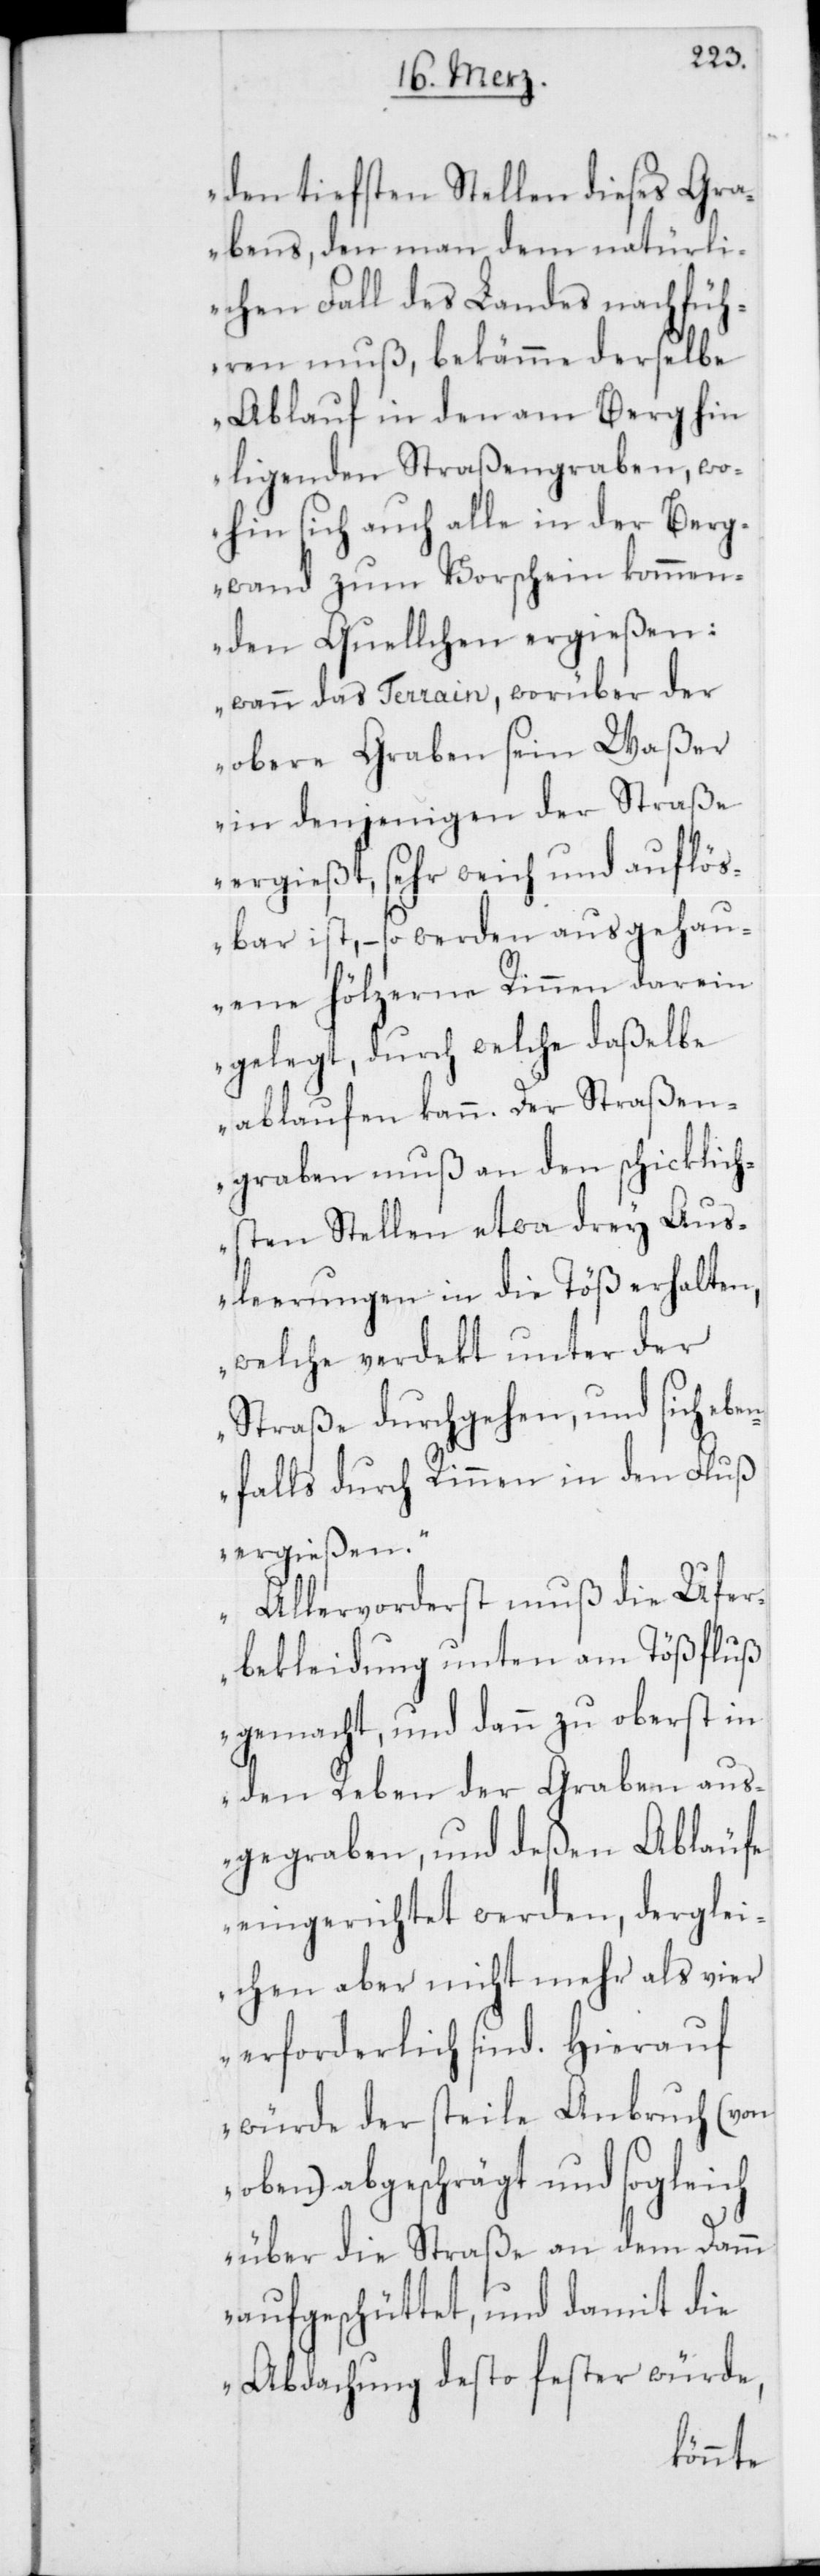
den tiefsten Stellen dieses Gra¬
bens, den man dem natürli¬
chen Fall des Landes nachfüh¬
ren muß, bekämme derselbe
Ablauf in den am Berg hin¬
liegenden Straßengraben, wo¬
hin sich auch alle in der Berg¬
wand zum Vorschein kommen¬
den Quellchen ergießen;
wann das Terrain, worüber der
obere Graben sein Waßer
in denjenigen der Straße
ergießt, sehr weich und auflös¬
bar ist, – so werden ausgehau¬
ene hölzerne Rinnen darein
gelegt, durch welche daßelbe
ablaufen kann. Der Straßen¬
graben muß an den schicklich¬
sten Stellen etwa drey Aus¬
leerungen in die Töß erhalten,
welche verdekt unter der
Straße durchgehen, und sich ebe¬
nfalls durch Rinnen in den Fluß
ergießen.
Allervorderst muß die Ufer¬
bekleidung unten am Tößfluß
gemacht, und dann zu oberst in
den Reben der Graben aus¬
gegraben, und deßen Abläufe
eingerichtet werden, derglei¬
chen aber nicht mehr als vier
erforderlich sind. Hierauf
würde der steile Anbruch (von
oben) abgeschrägt und sogleich
über die Straße an dem Damm
aufgeschüttet, und damit die
Abdachung desto fester würde,